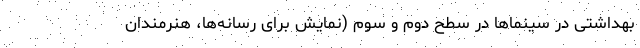
بهداشتی در سینماها در سطح دوم و سوم (نمایش برای رسانه‌ها، هنرمندان